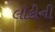
લૉકીની